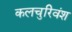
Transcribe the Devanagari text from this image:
कलचुरिवंश